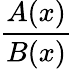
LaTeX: \frac{A(x)}{B(x)}